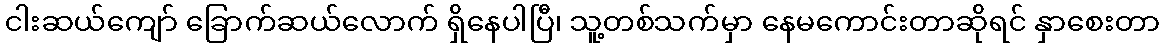
ငါးဆယ်ကျော် ခြောက်ဆယ်လောက် ရှိနေပါပြီ၊ သူ့တစ်သက်မှာ နေမကောင်းတာဆိုရင် နှာစေးတာ